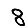
Digit: 8